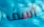
آسف